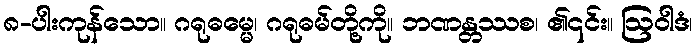
၈-ပါးကုန်သော။ ဂရုဓမ္မေ၊ ဂရုဓမ်တို့ကို။ ဘဏန္တဿစ၊ ၏၎င်း။ ဩဝါဒံ၊